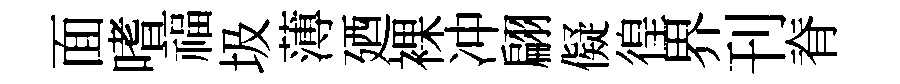
面嗜福圾薄廼裸冲翩儗徨界刊脊